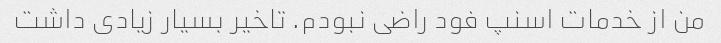
من از خدمات اسنپ فود راضی نبودم. تاخیر بسیار زیادی داشت